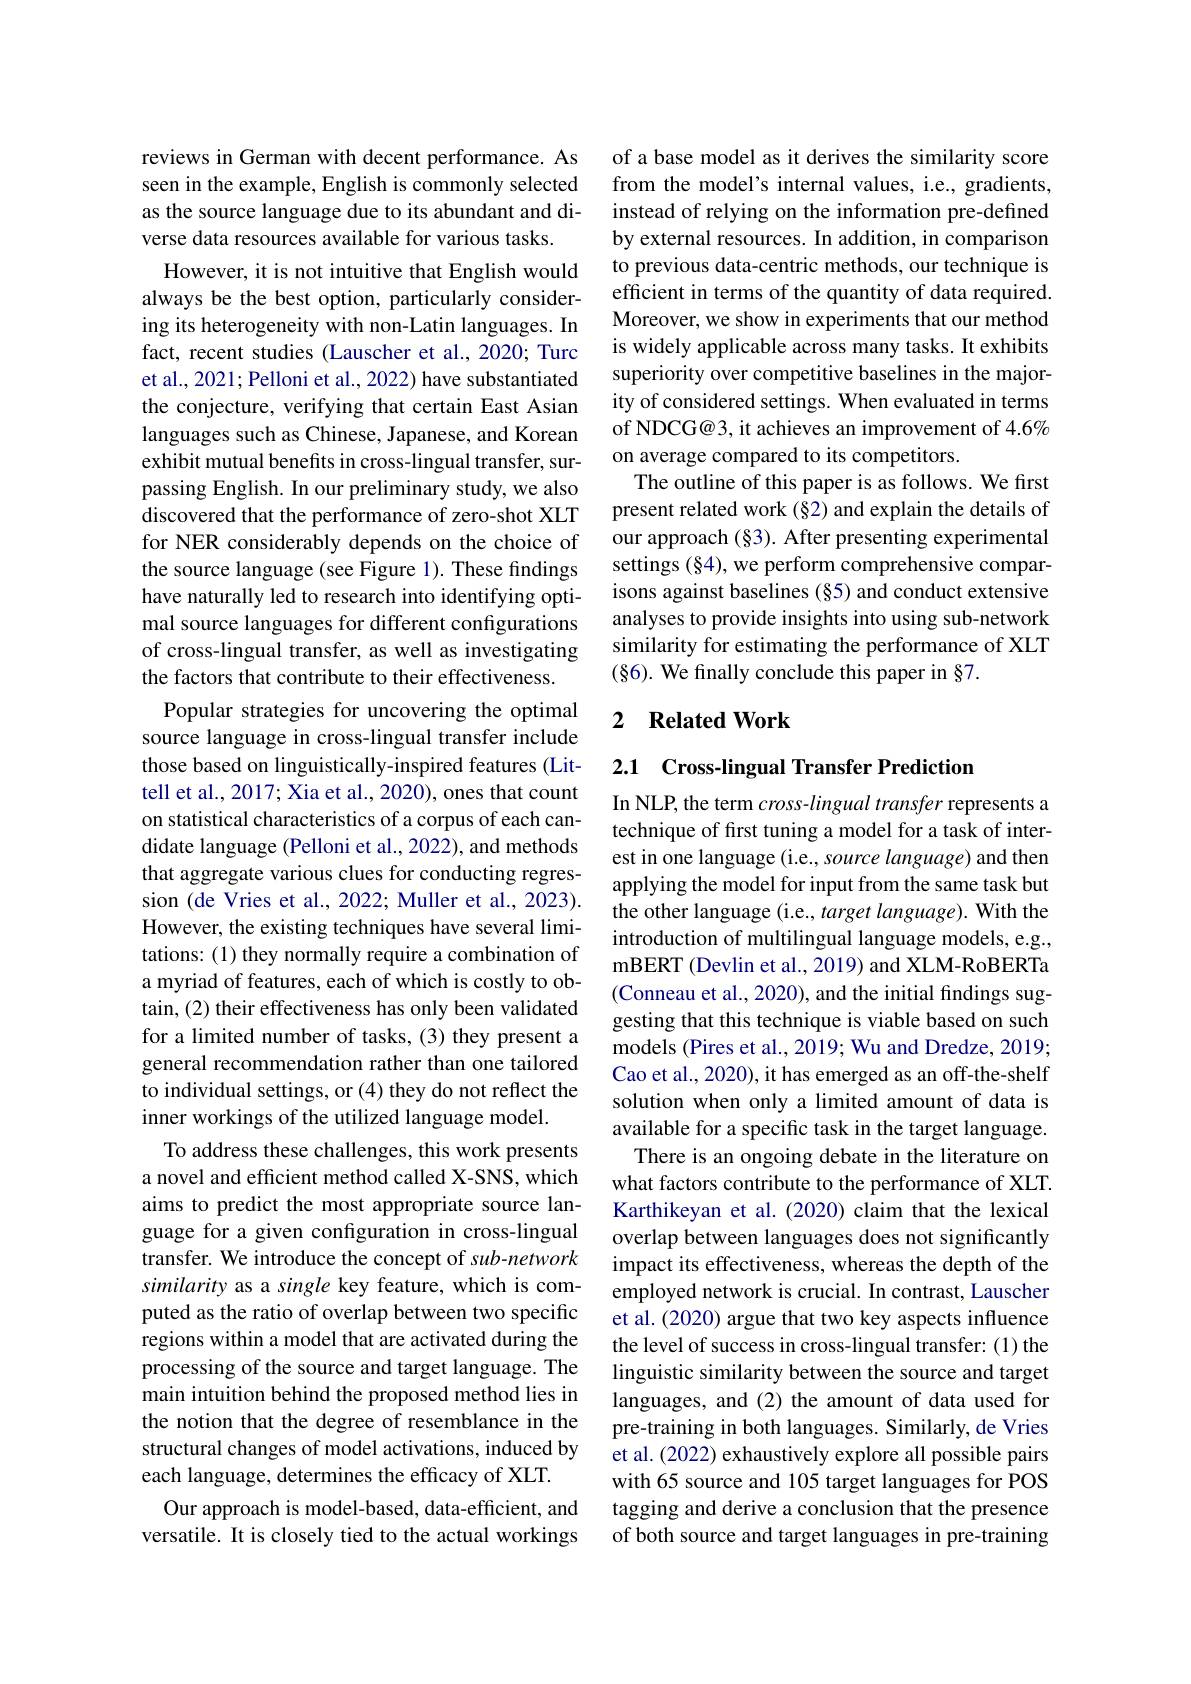
reviews in German with decent performance. As seen in the example, English is commonly selected as the source language due to its abundant and diverse data resources available for various tasks.
However, it is not intuitive that English would always be the best option, particularly considering its heterogeneity with non-Latin languages. In fact, recent studies (Lauscher et al., 2020; Turc et al., 2021; Pelloni et al., 2022) have substantiated the conjecture, verifying that certain East Asian languages such as Chinese, Japanese, and Korean exhibit mutual benefits in cross-lingual transfer, surpassing English. In our preliminary study, we also discovered that the performance of zero-shot XLT for NER considerably depends on the choice of the source language (see Figure 1). These findings have naturally led to research into identifying optimal source languages for different configurations of cross-lingual transfer, as well as investigating the factors that contribute to their effectiveness.
Popular strategies for uncovering the optimal source language in cross-lingual transfer include those based on linguistically-inspired features (Littell et al., 2017; Xia et al., 2020), ones that count on statistical characteristics of a corpus of each candidate language (Pelloni et al., 2022), and methods that aggregate various clues for conducting regression (de Vries et al., 2022; Muller et al., 2023). However, the existing techniques have several limitations: (1) they normally require a combination of a myriad of features, each of which is costly to obtain, (2) their effectiveness has only been validated for a limited number of tasks, (3) they present a general recommendation rather than one tailored to individual settings, or (4) they do not reflect the inner workings of the utilized language model.
To address these challenges, this work presents a novel and efficient method called X-SNS, which aims to predict the most appropriate source language for a given configuration in cross-lingual transfer. We introduce the concept of sub-network similarity as a single key feature, which is computed as the ratio of overlap between two specific regions within a model that are activated during the processing of the source and target language. The main intuition behind the proposed method lies in the notion that the degree of resemblance in the structural changes of model activations, induced by each language, determines the efficacy of XLT.
Our approach is model-based, data-efficient, and versatile. It is closely tied to the actual workings

of a base model as it derives the similarity score from the model's internal values, i.e., gradients, instead of relying on the information pre-defined by external resources. In addition, in comparison to previous data-centric methods, our technique is efficient in terms of the quantity of data required. Moreover, we show in experiments that our method is widely applicable across many tasks. It exhibits superiority over competitive baselines in the majority of considered settings. When evaluated in terms of NDCG@3, it achieves an improvement of 4.6% on average compared to its competitors.
The outline of this paper is as follows. We first present related work (§2) and explain the details of our approach (§3). After presenting experimental settings (§4), we perform comprehensive comparisons against baselines (§5) and conduct extensive analyses to provide insights into using sub-network similarity for estimating the performance of XLT (§6). We finally conclude this paper in §7.

## 2 Related Work

### 2.1 Cross-lingual Transfer Prediction

In NLP, the term $cross-lingual$ transfer represents a technique of first tuning a model for a task of interest in one language (i.e., source language) and then applying the model for input from the same task but the other language (i.e., target language). With the introduction of multilingual language models, e.g., mBERT (Devlin et al., 2019) and XLM-RoBERTa (Conneau et al., 2020), and the initial findings suggesting that this technique is viable based on such models (Pires et al., 2019; Wu and Dredze, 2019; Cao et al., 2020), it has emerged as an off-the-shelf solution when only a limited amount of data is available for a specific task in the target language.
There is an ongoing debate in the literature on what factors contribute to the performance of XLT. Karthikeyan et al.(2020) claim that the lexical overlap between languages does not significantly impact its effectiveness, whereas the depth of the employed network is crucial. In contrast, Lauscher et al. (2020) argue that two key aspects influence the level of success in cross-lingual transfer: (1) the linguistic similarity between the source and target languages, and (2) the amount of data used for pre-training in both languages. Similarly, de Vries et al. (2022) exhaustively explore all possible pairs with 65 source and 105 target languages for POS tagging and derive a conclusion that the presence of both source and target languages in pre-training